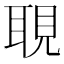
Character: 𦖃